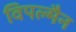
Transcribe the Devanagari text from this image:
विपल्मैन